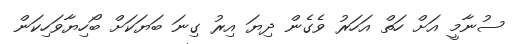
ސުނާމީ އަށް ހަތް އަހަރު ވެގެން ދިޔަ އިރު ގިނަ ބަޔަކަށް ބޯހިޔާވަހިކަން